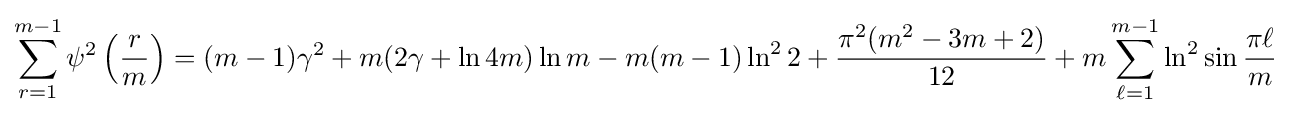
\sum _{r=1}^{m-1}\psi ^{2}\left({\frac {r}{m}}\right)=(m-1)\gamma ^{2}+m(2\gamma +\ln 4m)\ln {m}-m(m-1)\ln ^{2}2+{\frac {\pi ^{2}(m^{2}-3m+2)}{12}}+m\sum _{\ell =1}^{m-1}\ln ^{2}\sin {\frac {\pi \ell }{m}}